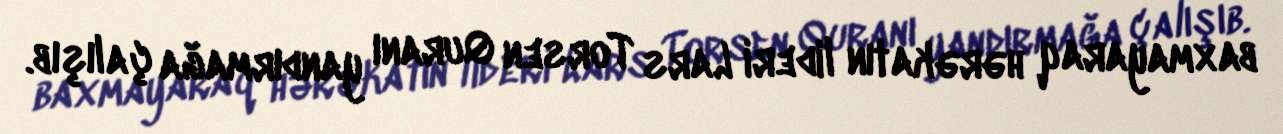
baxmayaraq hərəkatın lideri Lars Torsen Quranı yandırmağa çalışıb.